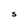
Character: s